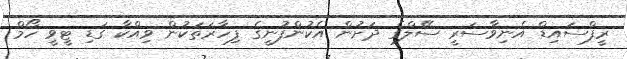
ރީފްސައިޑް އެނިވާސަރީ ސޭލްގެ ދަށުން އެކުންފުނީގެ ފިހާރަތަކުން ވިއްކާ ގަޑި ޓީވީ ހޯމް